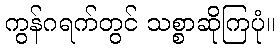
ကွန်ဂရက်တွင် သစ္စာဆိုကြပုံ။